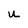
Character: u